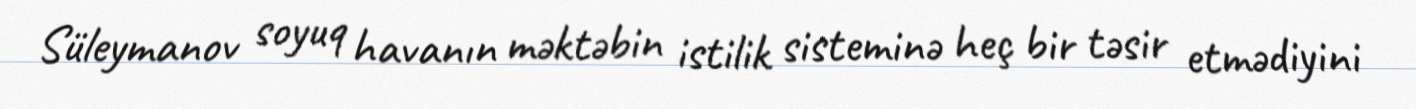
Süleymanov soyuq havanın məktəbin istilik sisteminə heç bir təsir etmədiyini